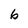
Character: b